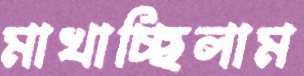
মাখাচ্ছিলাম